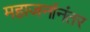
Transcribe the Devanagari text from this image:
महाजनांनंतर